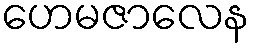
ဟေမဇာလေန